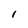
Character: 1